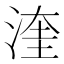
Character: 𪶙